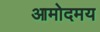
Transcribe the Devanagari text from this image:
आमोदमय